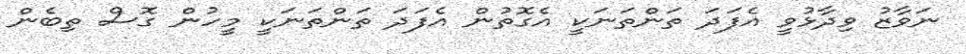
ނަވާޒު ވިދާޅުވީ އެފަދަ ތަންތަނަކީ އެގޮތުން އެފަދަ ތަންތަނަކީ މީހުން ގޮސް ތިބެން